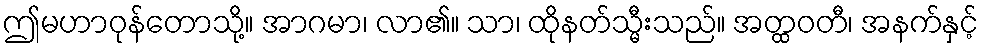
ဤမဟာဝုန်တောသို့။ အာဂမာ၊ လာ၏။ သာ၊ ထိုနတ်သ္မီးသည်။ အတ္ထဝတီ၊ အနက်နှင့်